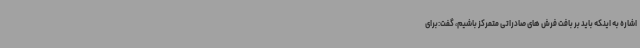
اشاره به اینکه باید بر بافت فرش های صادراتی متمرکز باشیم، گفت:برای